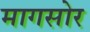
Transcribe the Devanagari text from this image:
मागसोर